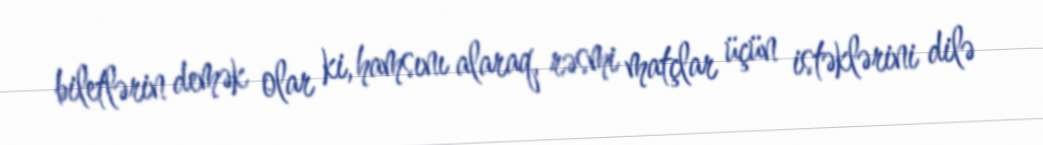
biletlərin demək olar ki, hamsını alaraq, rəsmi matçlar üçün istəklərini dilə